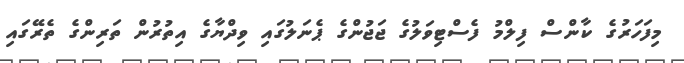
މިފަހަރުގެ ކާންސް ފިލްމު ފެސްޓިވަލުގެ ޖަޖުންގެ ޕެނަލުގައި ވިދްޔާގެ އިތުރުން ތަރިންގެ ތެރޭގައި